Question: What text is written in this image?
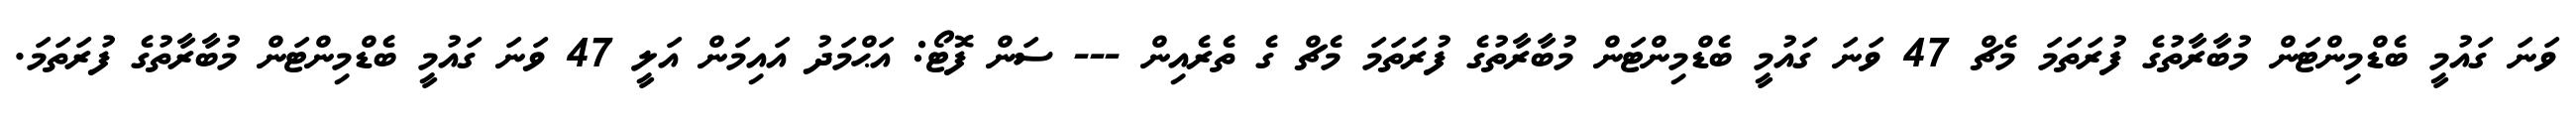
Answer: ވަނަ ގައުމީ ބެޑްމިންޓަން މުބާރާތުގެ ފުރަތަމަ މެޗް 47 ވަނަ ގައުމީ ބެޑްމިންޓަން މުބާރާތުގެ ފުރަތަމަ މެޗް ގެ ތެރެއިން --- ސަން ފޮޓޯ: އަޙްމަދު އައިމަން އަލީ 47 ވަނަ ގައުމީ ބެޑްމިންޓަން މުބާރާތުގެ ފުރަތަމަ.